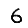
Digit: 6